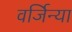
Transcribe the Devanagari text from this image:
वर्जिन्या